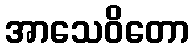
အာသေဝိတော